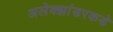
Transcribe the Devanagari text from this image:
अलेक्झांडरकडे